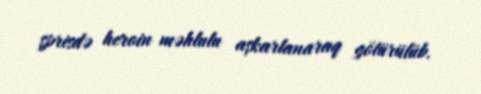
şprisdə heroin məhlulu aşkarlanaraq götürülüb.